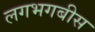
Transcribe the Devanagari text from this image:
लगभगबीस